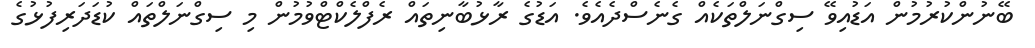
ބޭނުންކުރުމުން އަޑުއިވޭ ސިގްނަލްތަކެއް ގެނެސްދެއެވެ. އަޑުގެ ރާޅުބާނިތައް ރެފްލެކްޓްވުމުން މި ސިގްނަލްތައް ކުޑަދަރިފުޅުގެ